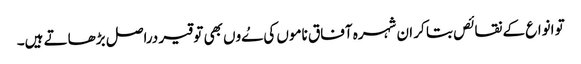
تو انواع کے نقائص بتا کر ان شہرہ آفاق ناموں کی ےُوں بھی توقیر دراصل بڑھاتے ہیں۔